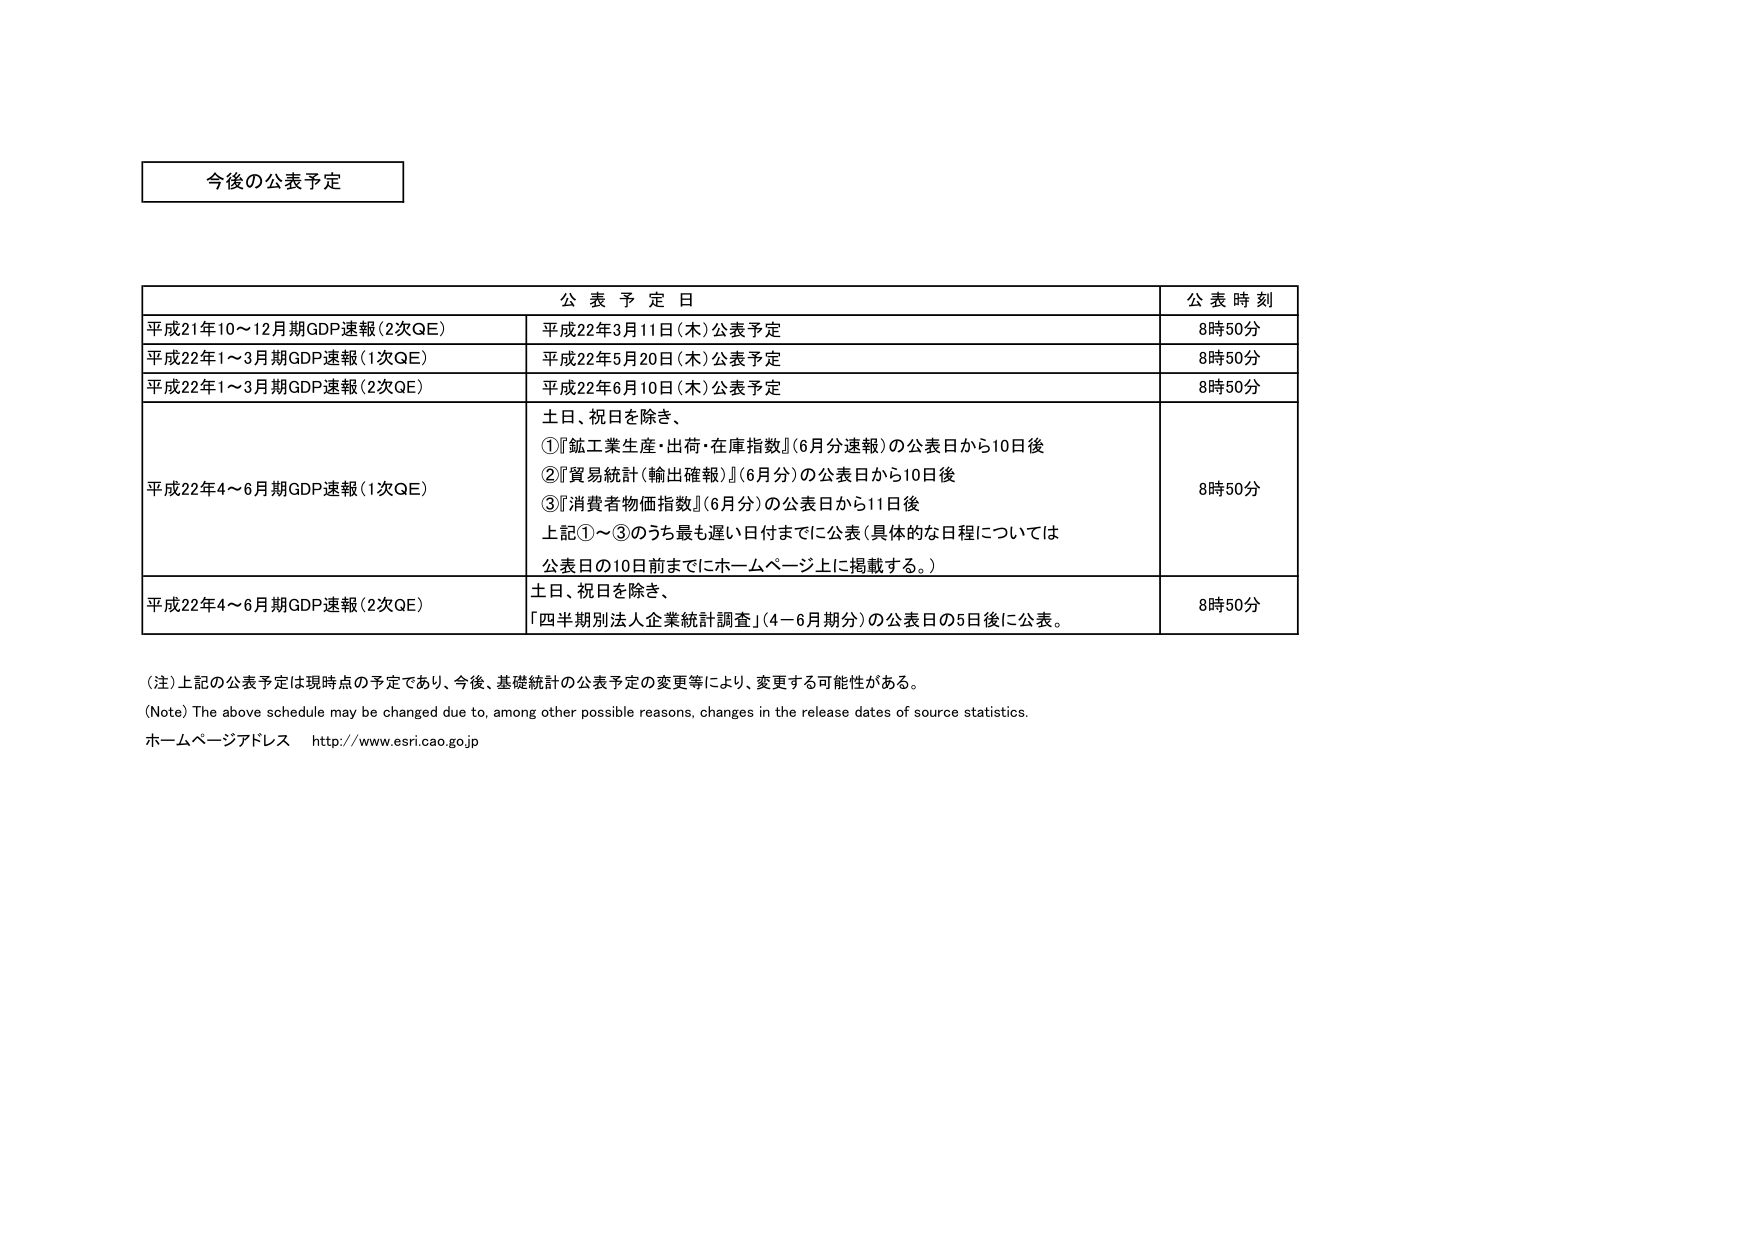
今後の公表予定

公表予定日 公表時刻
平成21年10～12月期GDP速報（2次QE） 平成22年3月11日（木）公表予定 8時50分
平成22年1～3月期GDP速報（1次QE） 平成22年5月20日（木）公表予定 8時50分
平成22年1～3月期GDP速報（2次QE） 平成22年6月10日（木）公表予定 8時50分
平成22年4～6月期GDP速報（1次QE） 土日、祝日を除き、
①『鉱工業生産・出荷・在庫指数』（6月分速報）の公表日から10日後
②『貿易統計（輸出確報）』（6月分）の公表日から10日後
③『消費者物価指数』（6月分）の公表日から11日後
上記①～③のうち最も遅い日付までに公表（具体的な日程については
公表日の10日前までにホームページ上に掲載する。） 8時50分
平成22年4～6月期GDP速報（2次QE） 土日、祝日を除き、
「四半期別法人企業統計調査」（4～6月期分）の公表日の5日後に公表。 8時50分

（注）上記の公表予定は現時点の予定であり、今後、基礎統計の公表予定の変更等により、変更する可能性がある。
(Note) The above schedule may be changed due to, among other possible reasons, changes in the release dates of source statistics.
ホームページアドレス http://www.esri.cao.go.jp